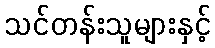
သင်တန်းသူများနှင့်